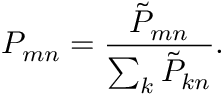
P _ { m n } = \frac { { \tilde { P } } _ { m n } } { \sum _ { k } { \tilde { P } } _ { k n } } .